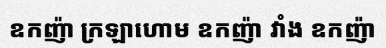
ឧកញ៉ា ក្រឡាហោម ឧកញ៉ា វាំង ឧកញ៉ា